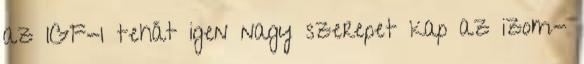
az IGF-1 tehát igen nagy szerepet kap az izom-